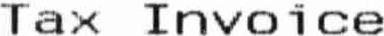
TAX INVOICE